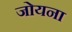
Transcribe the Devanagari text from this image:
जोयना